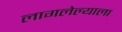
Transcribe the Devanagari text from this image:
लागलेल्याला